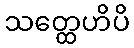
သတ္ထေဟိပိ